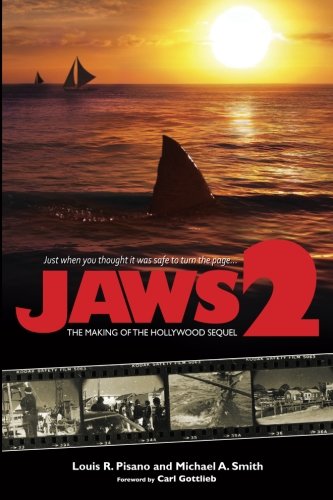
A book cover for Jaws 2: The Making of the Hollywood Sequel; Louis R. Pisano; Humor & Entertainment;